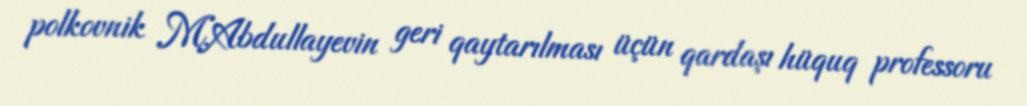
polkovnik M.Abdullayevin geri qaytarılması üçün qardaşı hüquq professoru